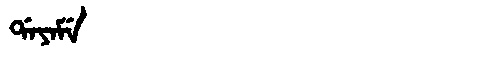
Manchu: ᡩᠠᠶᠠᠮᡝ
Romanization: DAYAME